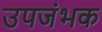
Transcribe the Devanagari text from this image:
उपजंभक